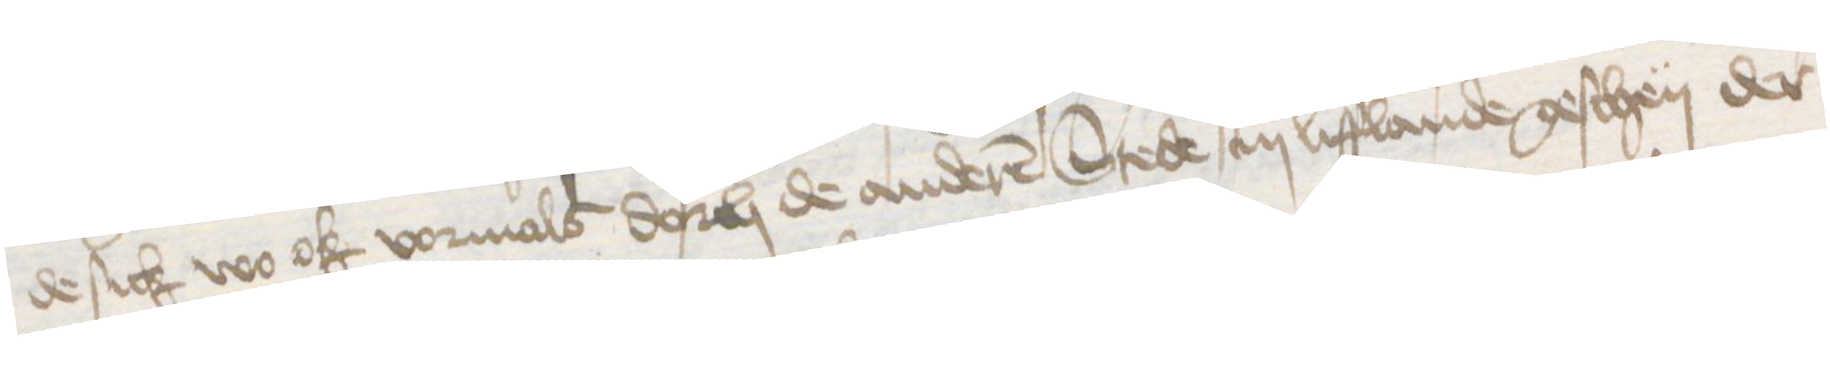
de sick wo ok vormals dorch de anderen Stede in Lifflande geschen der